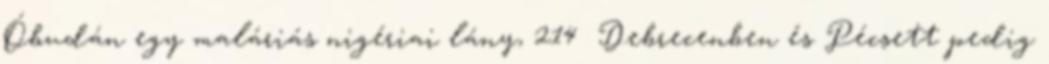
Óbudán egy maláriás nigériai lány, 214 Debrecenben és Pécsett pedig